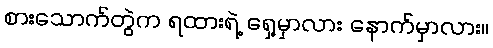
စားသောက်တွဲက ရထားရဲ့ ရှေ့မှာလား နောက်မှာလား။